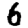
Digit: 6